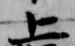
上